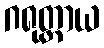
ဂရုတ္တာယ